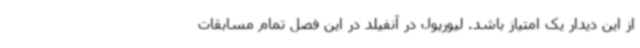
از این دیدار یک امتیاز باشد. لیورپول در آنفیلد در این فصل تمام مسابقات